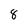
Character: 8